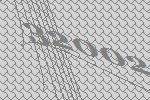
32002